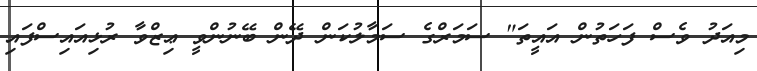
މިއަދު ވެސް ފަހަތުން އައީތަ" ސަމަރްގެ ސަމާލުކަން ދޭން ބޭނުންވީ ޢިޒްވާ ރުޅިއައިސްފައި